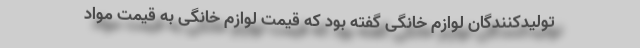
تولیدکنندگان لوازم خانگی گفته بود که قیمت لوازم خانگی به قیمت مواد